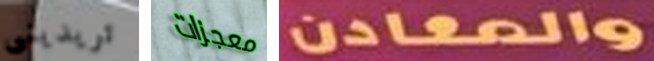
تريدينى معجزات والمعادن